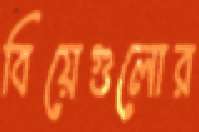
বিয়েগুলোর